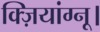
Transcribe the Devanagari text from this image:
क्ज़ियांग्नू।